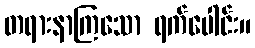
တရားနာကြသော ရက်ပေါင်း။